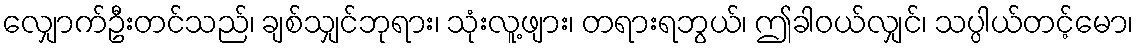
လျှောက်ဦးတင်သည်၊ ချစ်သျှင်ဘုရား၊ သုံးလူ့ဖျား၊ တရားရဘွယ်၊ ဤခါဝယ်လျှင်၊ သပ္ပါယ်တင့်မော၊